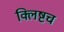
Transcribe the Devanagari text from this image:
क्लिष्टच